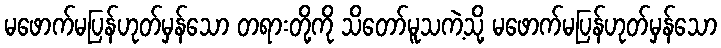
မဖောက်မပြန်ဟုတ်မှန်သော တရားတို့ကို သိတော်မူသကဲ့သို့ မဖောက်မပြန်ဟုတ်မှန်သော